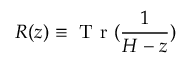
R ( z ) \equiv \textrm { T r } ( \frac { 1 } { H - z } )